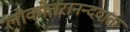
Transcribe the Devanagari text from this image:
लोकोत्तरानन्ददाता